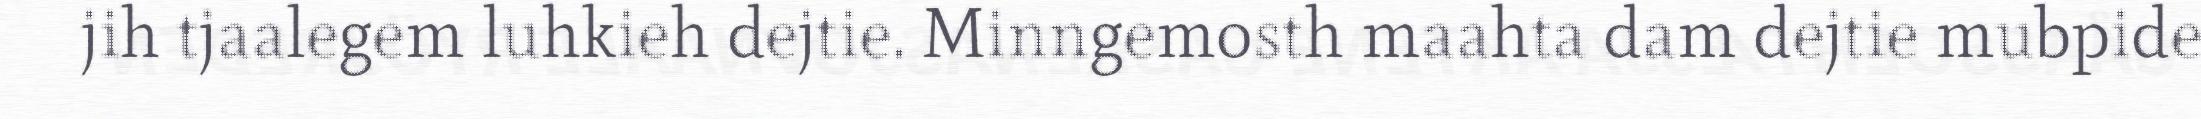
jih tjaalegem luhkieh dejtie. Minngemosth maahta dam dejtie mubpide